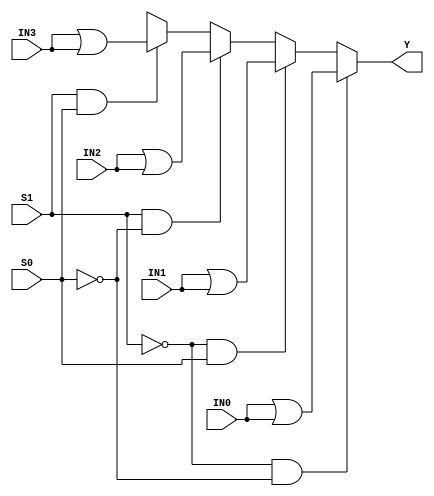
//------------------------------------------------------
// Copyright 1992, 1993 Cascade Design Automation Corporation.
//------------------------------------------------------
module mux4(IN0,IN1,IN2,IN3,S0,S1,Y);
  parameter N = 32;
  parameter DPFLAG = 1;
  parameter GROUP = "dpath1";
  parameter
        d_IN0 = 0,
        d_IN1 = 0,
        d_IN2 = 0,
        d_IN3 = 0,
        d_S0_r = 0,
        d_S0_f = 0,
        d_S1_r = 0,
        d_S1_f = 0,
        d_Y = 1;
  input [(N - 1):0] IN0;
  input [(N - 1):0] IN1;
  input [(N - 1):0] IN2;
  input [(N - 1):0] IN3;
  input  S0;
  input  S1;
  output [(N - 1):0] Y;
  wire [(N - 1):0] IN0_temp;
  wire [(N - 1):0] IN1_temp;
  wire [(N - 1):0] IN2_temp;
  wire [(N - 1):0] IN3_temp;
  wire  S0_temp;
  wire  S1_temp;
  reg [(N - 1):0] Y_temp;
  assign #(d_IN0) IN0_temp = IN0|IN0;
  assign #(d_IN1) IN1_temp = IN1|IN1;
  assign #(d_IN2) IN2_temp = IN2|IN2;
  assign #(d_IN3) IN3_temp = IN3|IN3;
  assign #(d_S0_r,d_S0_f) S0_temp = S0;
  assign #(d_S1_r,d_S1_f) S1_temp = S1;
  assign #(d_Y) Y = Y_temp;
  always
    @(IN0_temp or IN1_temp or IN2_temp or IN3_temp or S0_temp or S1_temp)
      begin
      if(((S1_temp == 1'b0) && (S0_temp == 1'b0)))
        Y_temp = IN0_temp;
      else      if(((S1_temp == 1'b0) && (S0_temp == 1'b1)))
        Y_temp = IN1_temp;
      else      if(((S1_temp == 1'b1) && (S0_temp == 1'b0)))
        Y_temp = IN2_temp;
      else      if(((S1_temp == 1'b1) && (S0_temp == 1'b1)))
        Y_temp = IN3_temp;
      else
        Y_temp = 128'bx;
      end
endmodule